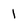
Character: 1